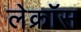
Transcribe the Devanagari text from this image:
लेक्रॉस